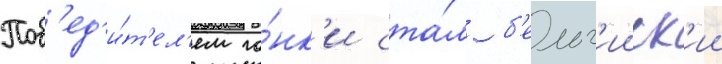
Поб'ед'и́т'ел'ем го́нк'и ста́л б'ельг'ииск'ии